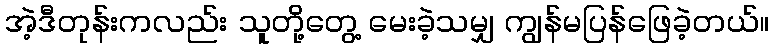
အဲ့ဒီတုန်းကလည်း သူတို့တွေ့ မေးခဲ့သမျှ ကျွန်မပြန်ဖြေခဲ့တယ်။